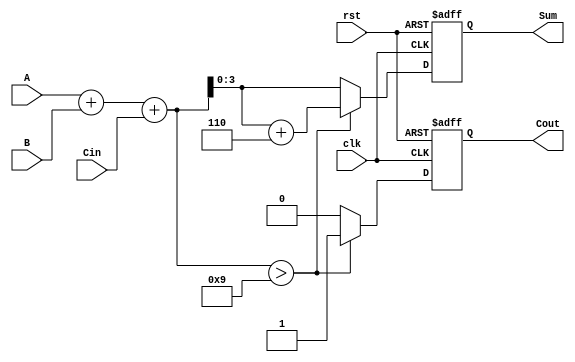
module BCD_Synchronous_Adder (
    input wire [3:0] A,      // First BCD digit
    input wire [3:0] B,      // Second BCD digit
    input wire Cin,          // Carry-in
    input wire clk,          // Clock signal
    input wire rst,          // Reset signal
    output reg [3:0] Sum,    // BCD sum output
    output reg Cout          // Carry-out
);

    reg [4:0] intermediate_sum; // 5-bit to hold the sum of A, B, and Cin

    always @(posedge clk or posedge rst) begin
        if (rst) begin
            Sum <= 4'b0000;      // Reset Sum to 0
            Cout <= 1'b0;       // Reset Cout to 0
        end else begin
            // Step 1: Perform binary addition
            intermediate_sum = A + B + Cin;

            // Step 2: Check for BCD correction
            if (intermediate_sum > 5'd9) begin
                // If sum exceeds 9, add 6 (0110 in binary)
                Sum <= intermediate_sum + 5'd6; // Correct the sum
                Cout <= 1'b1;                   // Set carry-out
            end else begin
                Sum <= intermediate_sum[3:0];   // No correction needed
                Cout <= 1'b0;                   // No carry-out
            end
        end
    end

endmodule